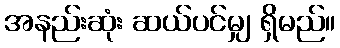
အနည်းဆုံး ဆယ်ပင်မျှ ရှိမည်။